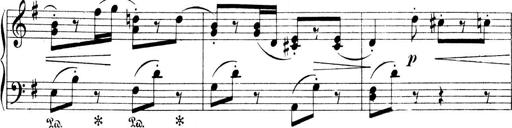
Title: 4 Sonatines
Composer: Max Reger